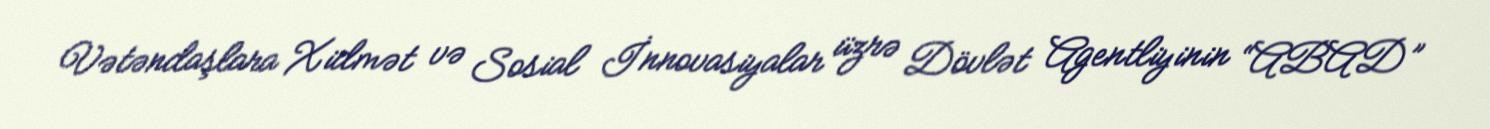
Vətəndaşlara Xidmət və Sosial İnnovasiyalar üzrə Dövlət Agentliyinin “ABAD”